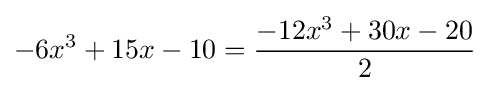
-6x^{3}+15x-10={\frac {-12x^{3}+30x-20}{2}}